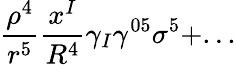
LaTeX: \frac{\rho^{4}}{r^{5}}\frac{x^{I}}{R^{4}}\gamma_{I}\gamma^{05}\sigma^{5}+...